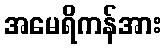
အမေရိကန်အား